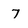
Character: 7